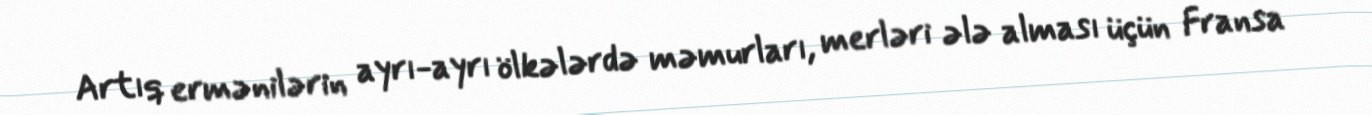
Artıq ermənilərin ayrı-ayrı ölkələrdə məmurları, merləri ələ alması üçün Fransa